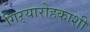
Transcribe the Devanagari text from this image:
गिऱ्यारोहकाशी